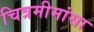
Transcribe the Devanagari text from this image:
चित्रमीमांसा